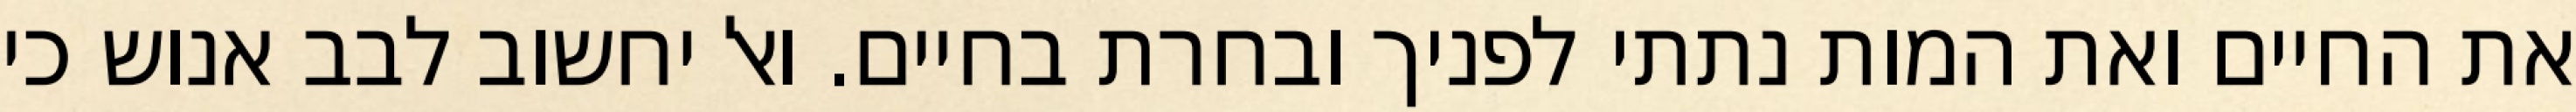
את החיים ואת המות נתתי לפניך ובחרת בחיים. ואל יחשוב לבב אנוש כי